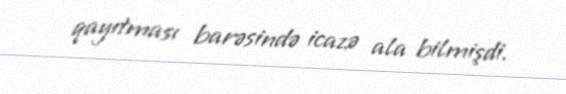
qayıtması barəsində icazə ala bilmişdi.